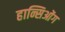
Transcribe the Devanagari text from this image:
हान्सिओंग